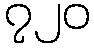
၇၂၀